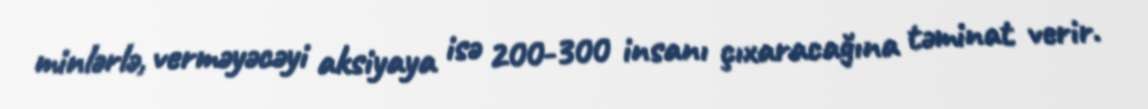
minlərlə, verməyəcəyi aksiyaya isə 200-300 insanı çıxaracağına təminat verir.